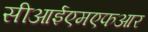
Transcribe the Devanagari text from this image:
सीआईएमएफआर